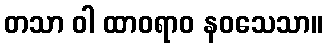
တသာ ဝါ ထာဝရာဝ နဝသေသာ။